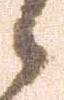
候